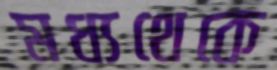
মধ্যথেকে